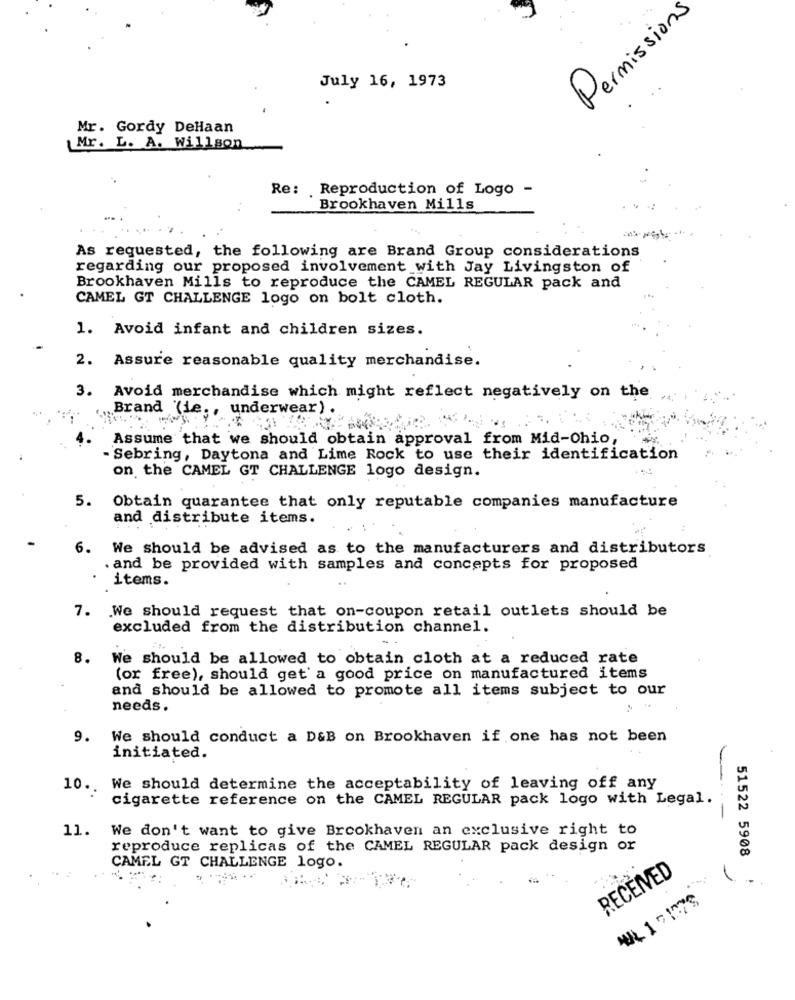
Permissions
July 16, 1973
Mr. Gordy DeHaan
Mr. L. A. Willson
Re: Reproduction of Logo -
Brookhaven Mills
As requested, the following are Brand Group considerations
regarding our proposed involvement with Jay Livingston of
Brookhaven Mills to reproduce the CAMEL REGULAR pack and
CAMEL GT CHALLENGE logo on bolt cloth.
1. Avoid infant and children sizes.
2. Assure reasonable quality merchandise.
3. Avoid merchandise which might reflect negatively on the
Brand (ie ., underwear) .
Assume that we should obtain approval from Mid-Ohio,
- Sebring, Daytona and Lime Rock to use their identification
on the CAMEL GT CHALLENGE logo design.
5. Obtain quarantee that only reputable companies manufacture
and distribute items.
6. We should be advised as to the manufacturers and distributors
. and be provided with samples and concepts for proposed
items.
7. We should request that on-coupon retail outlets should be
excluded from the distribution channel.
8.
We should be allowed to obtain cloth at a reduced rate
(or free), should get' a good price on manufactured items
and should be allowed to promote all items subject to our
needs.
9. We should conduct a D&B on Brookhaven if one has not been
initiated.
10 .. We should determine the acceptability of leaving off any
cigarette reference on the CAMEL REGULAR pack logo with Legal.
11.
We don't want to give Brookhaven an exclusive right to
reproduce replicas of the CAMEL REGULAR pack design or
51522 5908
CAMEL GT CHALLENGE logo.
RECEIVED
1